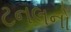
ટનલનો